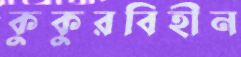
কুকুরবিহীন